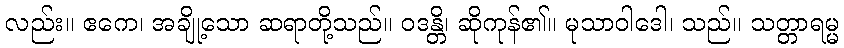
လည်း။ ဧကေ၊ အချို့သော ဆရာတို့သည်။ ဝဒန္တိ၊ ဆိုကုန်၏။ မုသာဝါဒေါ၊ သည်။ သတ္တာရမ္မ